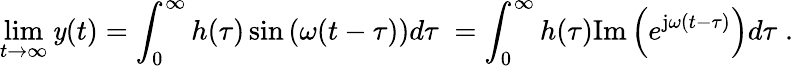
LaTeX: \operatorname*{lim}_{t\to\infty}\mathit{y}(t)=\int_{0}^{\infty}h(\tau)\sin\left(\omega(t-\tau)\right)d\tau\; =\int_{0}^{\infty}h(\tau)\mathrm{{Im}}\left(e^{\mathrm{{j}}\omega(t-\tau)}\right)d\tau\; .